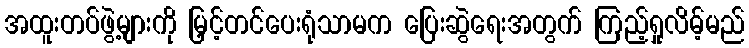
အထူးတပ်ဖွဲ့များကို မြှင့်တင်ပေးရုံသာမက ပြေးဆွဲရေးအတွက် ကြည့်ရှုလိမ့်မည်